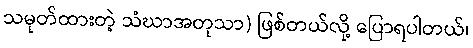
သမုတ်ထားတဲ့ သံဃာအတုသာ) ဖြစ်တယ်လို့ ပြောရပါတယ်၊